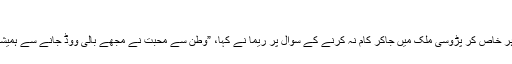
“
پاکستان سے باہر خاص کر پڑوسی ملک میں جاکر کام نہ کرنے کے سوال پر ریما نے کہا، ”وطن سے محبت نے مجھے بالی ووڈ جانے سے ہمیشہ روکے رکھا۔